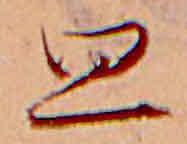
思